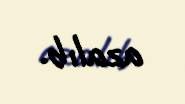
azalıb.